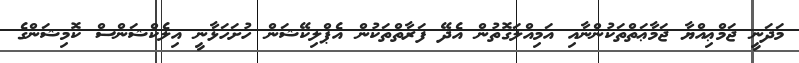
މަދަނީ ޖަމްޢިއްޔާ ޖަމާޢަތްތަކުންނާއި އަމިއްލަގޮތުން އެދޭ ފަރާތްތަކުން އެޕްލިކޭޝަން ހުށަހަޅާނީ އިލެކްޝަންސް ކޮމިޝަންގެ